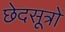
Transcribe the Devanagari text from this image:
छेदसूत्रों